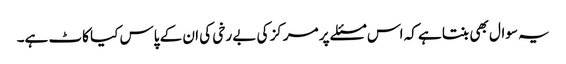
یہ سوال بھی بنتا ہے کہ اس مسئلے پر مرکز کی بے رخی کی ان کے پاس کیا کاٹ ہے۔